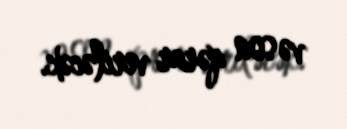
və son qərar veriləcək.